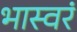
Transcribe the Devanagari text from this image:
भास्वरं